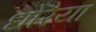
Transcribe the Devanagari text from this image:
धोरैया